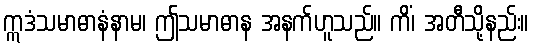
ဣဒံသမာဓာနံနာမ၊ ဤသမာဓာန အနက်ဟူသည်။ ကိံ၊ အတီသို့နည်း။